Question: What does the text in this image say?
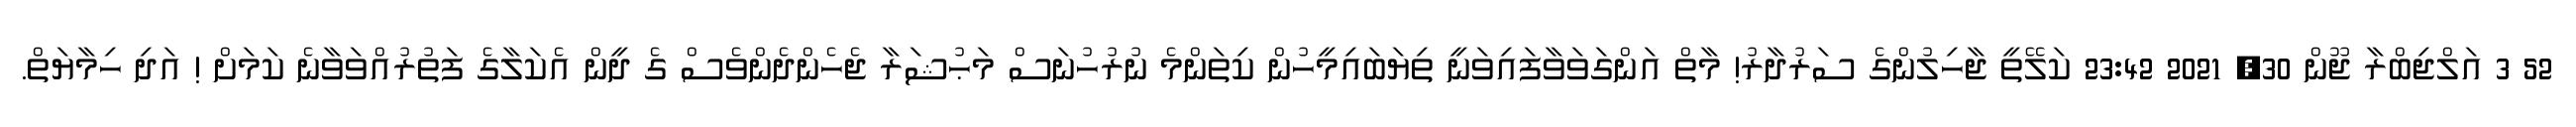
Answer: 52 3 އަލްޖިބްރާ ޖޫން 30, 2021 23:42 ކަލޭތީ ޖާހިލުންގެ ސަރުދާރު! މާތް އަންގަވަވާފައިވަނީ ތިޔަބައިމީހުން ކިތަންމެ ނުރުހުނަސް މަޙުޝަރާ ޖެހެންދެންވެސް ގެ ދީން އެކަލާގެ ފަތުރުއްވަވާނެ ކަމަށް ! އަދި ހިމާޔަތް.